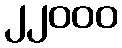
၂၂၀၀၀